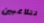
تتلاعبين